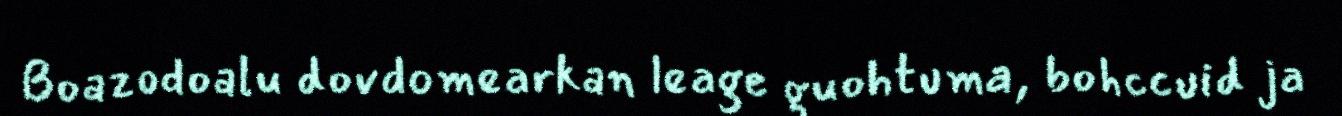
Boazodoalu dovdomearkan leage guohtuma, bohccuid ja